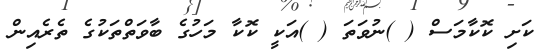
ކަށި ކޮކާމަސް ( )ނުވަތަ ( )އަކީ ކޮކާ މަހުގެ ބާވަތްތަކުގެ ތެރެއިން